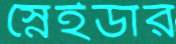
স্নেইডার